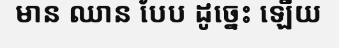
មាន ឈាន បែប ដូច្នេះ ឡើយ